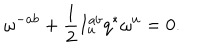
LaTeX: \omega ^ { - a b } + { \frac { 1 } { 2 } } I _ { u } ^ { a b } q ^ { * } \omega ^ { u } = 0 .